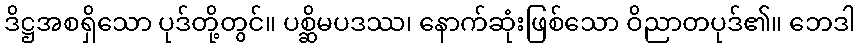
ဒိဋ္ဌအစရှိသော ပုဒ်တို့တွင်။ ပစ္ဆိမပဒဿ၊ နောက်ဆုံးဖြစ်သော ဝိညာတပုဒ်၏။ ဘေဒါ